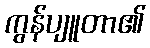
ကွန်ပျူတာ၏